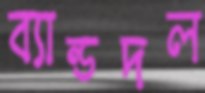
ব্যান্ডদল